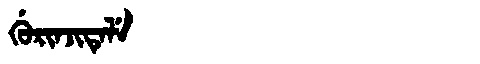
Manchu: ᡤᡠᡵᡳᠨᠵᡳᡨᡝᠯᡝ
Romanization: GURINJITELE